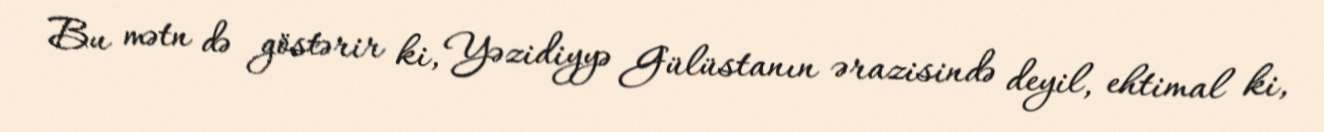
Bu mətn də göstərir ki, Yəzidiyyə Gülüstanın ərazisində deyil, ehtimal ki,